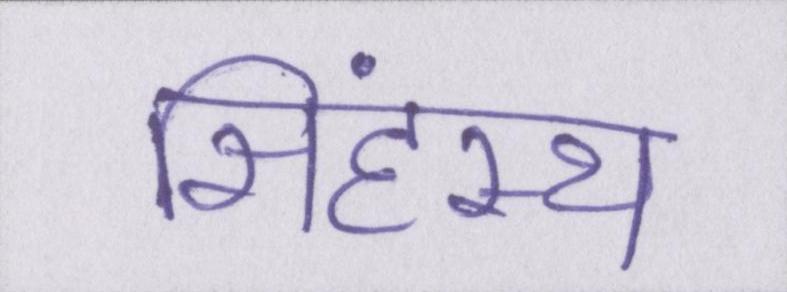
सिंहस्थ